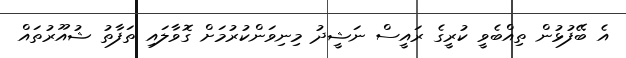
އެ ބޭފުޅުން ތިއްބެވީ ކުރީގެ ރައީސް ނަޝީދު މިނިވަންކުރުމަށް ގޮވާލައި ތަފާތު ޝުއޫރުތައް